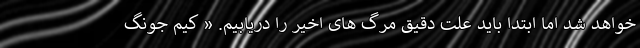
خواهد شد اما ابتدا باید علت دقیق مرگ های اخیر را دریابیم. « کیم جونگ